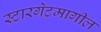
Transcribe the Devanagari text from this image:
स्टारगेटमागील